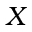
X